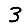
Digit: 3